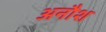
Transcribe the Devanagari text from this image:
अनौश